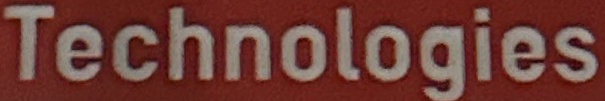
Technologies